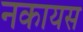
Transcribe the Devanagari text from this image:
नकायस